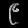
Digit: ၉